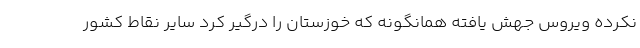
نکرده ویروس جهش یافته همانگونه که خوزستان را درگیر کرد سایر نقاط کشور